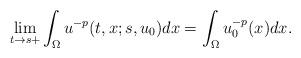
LaTeX: \begin{align*}\lim_{t\to s+}\int_\Omega u^{-p}(t,x;s,u_0)dx=\int_\Omega u^{-p}_0(x)dx.\end{align*}